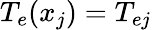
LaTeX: T_{e}(x_{j})=T_{ej}